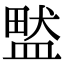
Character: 盢